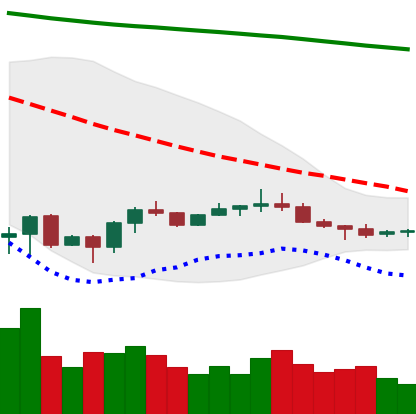
Ticker: ETC-USD
Chart end date: 2022-07-03
Forward return: 5.624%
Label: up_5_7